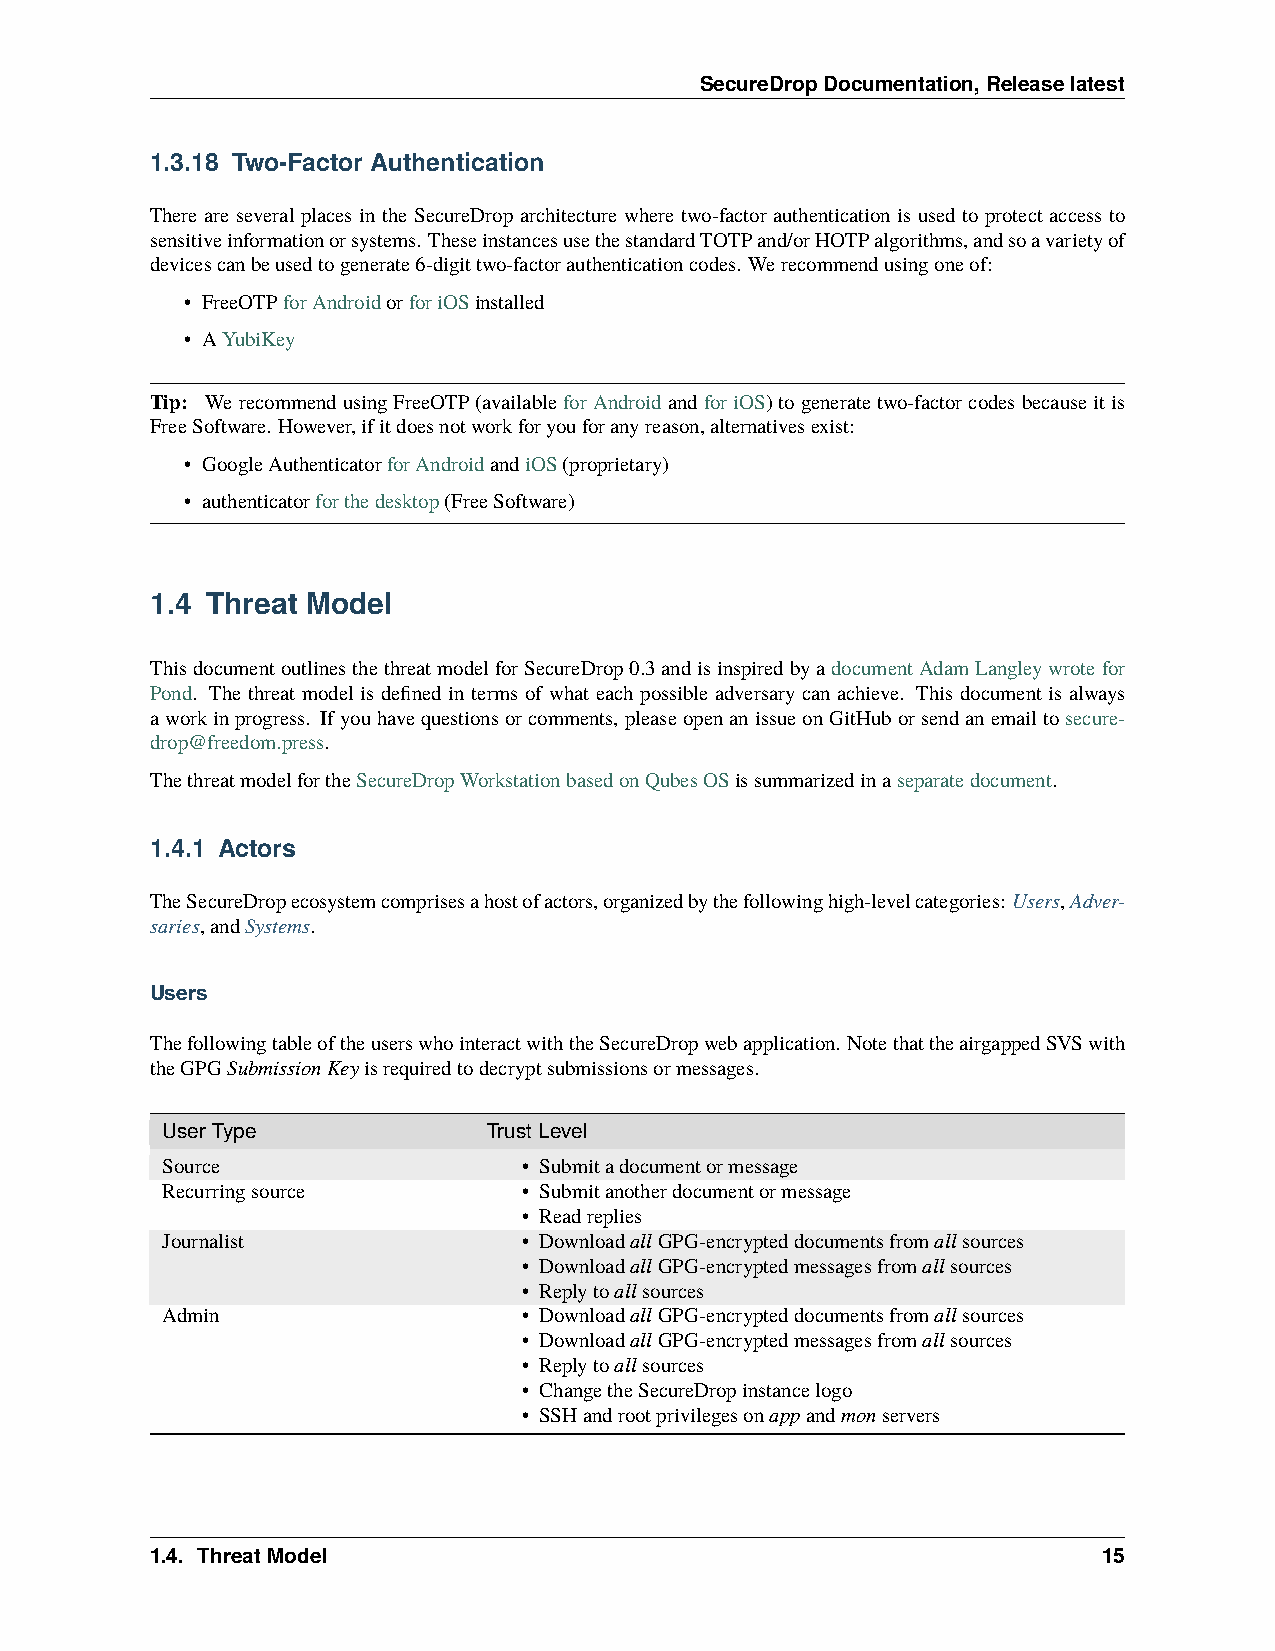
SecureDropDocumentation,Releaselatest
 1.3.18 Two-Factor Authentication
 There are several places in the SecureDrop architecture where two-factor authentication is used to protect access to
 sensitiveinformationorsystems. TheseinstancesusethestandardTOTPand/orHOTPalgorithms,andsoavarietyof
 devicescanbeusedtogenerate6-digittwo-factorauthenticationcodes. Werecommendusingoneof:
 • FreeOTPforAndroidorforiOSinstalled
 • AYubiKey
 Tip: WerecommendusingFreeOTP(availableforAndroidandforiOS)togeneratetwo-factorcodesbecauseitis
 FreeSoftware. However,ifitdoesnotworkforyouforanyreason,alternativesexist:
 • GoogleAuthenticatorforAndroidandiOS(proprietary)
 • authenticatorforthedesktop(FreeSoftware)
 1.4 Threat Model
 ThisdocumentoutlinesthethreatmodelforSecureDrop0.3andisinspiredbyadocumentAdamLangleywrotefor
 Pond. The threat model is defined in terms of what each possible adversary can achieve. This document is always
 aworkinprogress. Ifyouhavequestionsorcomments, pleaseopenanissueonGitHuborsendanemailtosecure-
 drop@freedom.press.
 ThethreatmodelfortheSecureDropWorkstationbasedonQubesOSissummarizedinaseparatedocument.
 1.4.1 Actors
 TheSecureDropecosystemcomprisesahostofactors,organizedbythefollowinghigh-levelcategories: Users,Adver-
 saries,andSystems.
 Users
 ThefollowingtableoftheuserswhointeractwiththeSecureDropwebapplication. NotethattheairgappedSVSwith
 theGPGSubmissionKeyisrequiredtodecryptsubmissionsormessages.
 UserType             TrustLevel
 Source                  • Submitadocumentormessage
 Recurringsource         • Submitanotherdocumentormessage
 • Readreplies
 Journalist              • DownloadallGPG-encrypteddocumentsfromallsources
 • DownloadallGPG-encryptedmessagesfromallsources
 • Replytoallsources
 Admin                   • DownloadallGPG-encrypteddocumentsfromallsources
 • DownloadallGPG-encryptedmessagesfromallsources
 • Replytoallsources
 • ChangetheSecureDropinstancelogo
 • SSHandrootprivilegesonappandmonservers
 1.4. ThreatModel                                               15